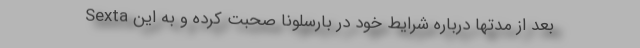
Sexta بعد از مدتها درباره شرایط خود در بارسلونا صحبت کرده و به این